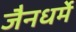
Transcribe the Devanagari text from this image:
जैनधर्मे